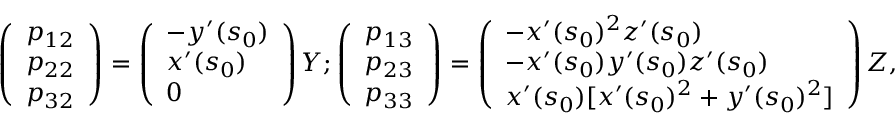
\left( \begin{array} { l } { p _ { 1 2 } } \\ { p _ { 2 2 } } \\ { p _ { 3 2 } } \end{array} \right) = \left( \begin{array} { l } { - y ^ { \prime } ( s _ { 0 } ) } \\ { x ^ { \prime } ( s _ { 0 } ) } \\ { 0 } \end{array} \right) Y ; \left( \begin{array} { l } { p _ { 1 3 } } \\ { p _ { 2 3 } } \\ { p _ { 3 3 } } \end{array} \right) = \left( \begin{array} { l } { - x ^ { \prime } ( s _ { 0 } ) ^ { 2 } z ^ { \prime } ( s _ { 0 } ) } \\ { - x ^ { \prime } ( s _ { 0 } ) y ^ { \prime } ( s _ { 0 } ) z ^ { \prime } ( s _ { 0 } ) } \\ { x ^ { \prime } ( s _ { 0 } ) [ x ^ { \prime } ( s _ { 0 } ) ^ { 2 } + y ^ { \prime } ( s _ { 0 } ) ^ { 2 } ] } \end{array} \right) Z ,